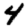
Digit: 4